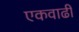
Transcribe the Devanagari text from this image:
एकवाढी